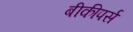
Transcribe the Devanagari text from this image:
बीकीपर्स